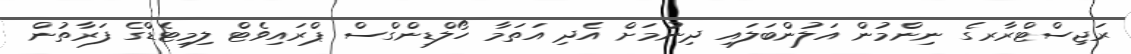
ރަޖިސްޓްރާރގެ ނިންމުން އަލުންބަލައި ދިނުމަށް އެދި އަތަމާ ހޯލްޑިންގްސް ޕްރައިވެޓް ލިމިޓެޑްގެ ފަރާތުން